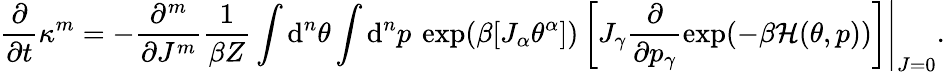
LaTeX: \frac{\partial}{\partial t}\kappa^{m}=-\left.\frac{\partial^{m}}{\partial J^{m}}\frac{1}{\beta Z}\int\mathrm{d}^{n}\theta\int\mathrm{d}^{n}p\: \exp(\beta[J_{\alpha}\theta^{\alpha}])\left[J_{\gamma}\frac{\partial}{\partial p_{\gamma}}\exp(-\beta\mathcal{H}(\theta,p))\right]\right|_{J=0}.